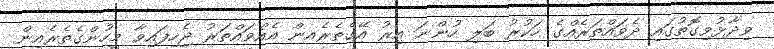
ވިދާޅުވިގޮތުގައި ދެވައްތަރެއްގެ ހަކުރު ބަލި ހުންނަ އިރު އޭގެތެރެއން އެއްވައްތަރު ޖެހިފައިވާ މީހުންގެތެރެއިން